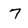
Character: 7